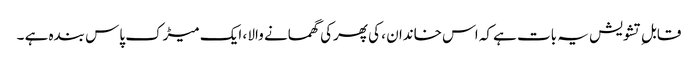
قابل ِ تشویش یہ بات ہے کہ اس خاندان ، کی پھرکی گھمانے والا ، ایک میڑک پاس بندہ ہے ۔